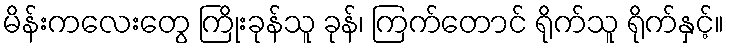
မိန်းကလေးတွေ ကြိုးခုန်သူ ခုန်၊ ကြက်တောင် ရိုက်သူ ရိုက်နှင့်။